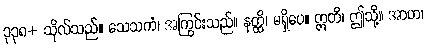
၃၃၈+ သိုလ်သည်။ သေသကံ၊ အကြွင်းသည်။ နတ္ထိ၊ မရှိပေ။ ဣတိ၊ ဤသို့။ အာဟ၊